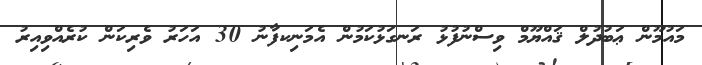
މައުމޫން ޢަބުދުލް ޤައްޔޫމް ވިސްނުފުޅު ރަނގަޅުކަމުން އެމަނިކފާނު 30 އަހަރު ވެރިކަން ކުރެއްވިއިރު